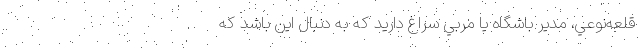
قلعه‌نوعي، مدير باشگاه يا مربي سراغ داريد كه به دنبال اين باشد كه